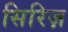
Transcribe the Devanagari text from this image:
सिरिज़